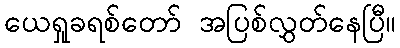
ယေရှုခရစ်တော် အပြစ်လွှတ်နေပြီ။